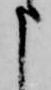
申